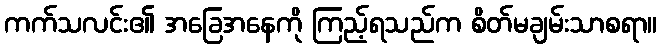
ကက်သလင်း၏ အခြေအနေကို ကြည့်ရသည်က စိတ်မချမ်းသာစရာ။